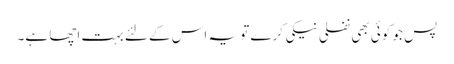
پس جو کوئی بھی نفلی نیکی کرے تو یہ اس کے لئے بہت اچھا ہے۔